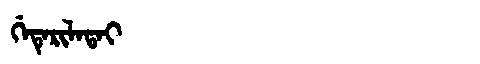
Manchu: ᡤᡝᡨᡝᡵᡳᠯᠠᡨᠠᡳ
Romanization: GETERILATAI